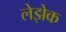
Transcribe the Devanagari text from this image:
लेझेक